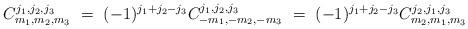
LaTeX: \begin{align*}C_{m_{1},m_{2},m_{3}}^{j_{1},j_{2},j_{3}}\ =\ (-1)^{j_{1}+j_{2}-j_{3}}C_{-m_{1},-m_{2},-m_{3}}^{j_{1},j_{2},j_{3}}\ =\ (-1)^{j_{1}+j_{2}-j_{3}}C_{m_{2},m_{1},m_{3}}^{j_{2},j_{1},j_{3}}\ \end{align*}